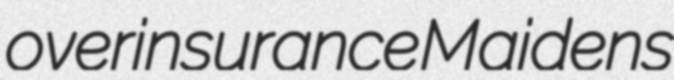
overinsurance Maidens